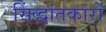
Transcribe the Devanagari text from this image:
सिंद्धांतकारों